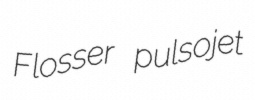
Flosser pulsojet